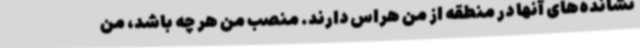
نشانده‌های آنها در منطقه از من هراس دارند. منصب من هر چه باشد، من